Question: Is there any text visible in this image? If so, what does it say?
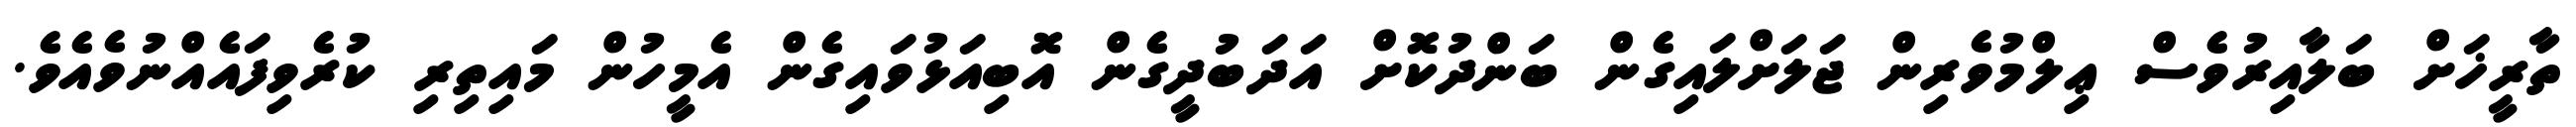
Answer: ތާރީޚަށް ބަލާއިރުވެސް ޢިލްމުވެރިން ޖަލަށްލައިގެން ބަންދުކޮށް އަދަބުދީގެން އޮބިއަޅުވައިގެން އެމީހުން މައިތިރި ކުރެވިފައެއްނުވެއެވެ.